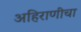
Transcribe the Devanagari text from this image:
अहिराणीचा